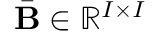
\bar { \mathbf { B } } \in \mathbb { R } ^ { I \times I }